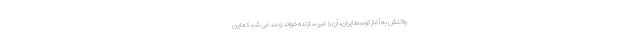
واکنش به آغاز توسط ایران، آن را غیرسازنده خواند و مدعی شد که این